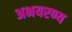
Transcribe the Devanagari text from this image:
अभयरण्य